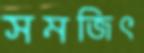
সমজিৎ